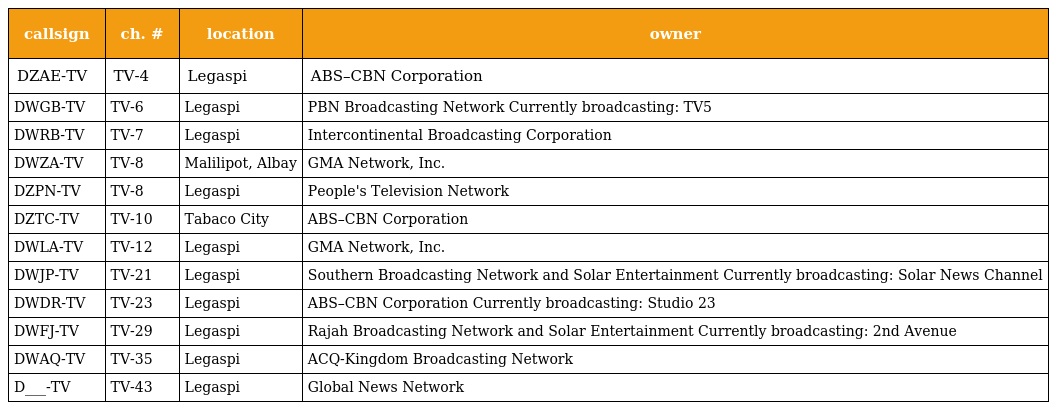
| callsign | ch. # | location | owner |
 | --- | --- | --- | --- |
 | DZAE-TV | TV-4 | Legaspi | ABS–CBN Corporation |
 | DWGB-TV | TV-6 | Legaspi | PBN Broadcasting Network Currently broadcasting: TV5 |
 | DWRB-TV | TV-7 | Legaspi | Intercontinental Broadcasting Corporation |
 | DWZA-TV | TV-8 | Malilipot, Albay | GMA Network, Inc. |
 | DZPN-TV | TV-8 | Legaspi | People's Television Network |
 | DZTC-TV | TV-10 | Tabaco City | ABS–CBN Corporation |
 | DWLA-TV | TV-12 | Legaspi | GMA Network, Inc. |
 | DWJP-TV | TV-21 | Legaspi | Southern Broadcasting Network and Solar Entertainment Currently broadcasting: Solar News Channel |
 | DWDR-TV | TV-23 | Legaspi | ABS–CBN Corporation Currently broadcasting: Studio 23 |
 | DWFJ-TV | TV-29 | Legaspi | Rajah Broadcasting Network and Solar Entertainment Currently broadcasting: 2nd Avenue |
 | DWAQ-TV | TV-35 | Legaspi | ACQ-Kingdom Broadcasting Network |
 | D___-TV | TV-43 | Legaspi | Global News Network |